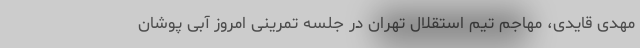
مهدی قایدی، مهاجم تیم استقلال تهران در جلسه تمرینی امروز آبی پوشان